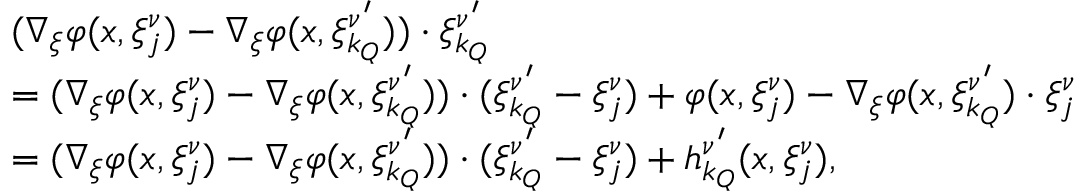
\begin{array} { r l } & { ( \nabla _ { \xi } \varphi ( x , \xi _ { j } ^ { \nu } ) - \nabla _ { \xi } \varphi ( x , \xi _ { k _ { Q } } ^ { \nu ^ { \prime } } ) ) \cdot \xi _ { k _ { Q } } ^ { \nu ^ { \prime } } } \\ & { = ( \nabla _ { \xi } \varphi ( x , \xi _ { j } ^ { \nu } ) - \nabla _ { \xi } \varphi ( x , \xi _ { k _ { Q } } ^ { \nu ^ { \prime } } ) ) \cdot ( \xi _ { k _ { Q } } ^ { \nu ^ { \prime } } - \xi _ { j } ^ { \nu } ) + \varphi ( x , \xi _ { j } ^ { \nu } ) - \nabla _ { \xi } \varphi ( x , \xi _ { k _ { Q } } ^ { \nu ^ { \prime } } ) \cdot \xi _ { j } ^ { \nu } } \\ & { = ( \nabla _ { \xi } \varphi ( x , \xi _ { j } ^ { \nu } ) - \nabla _ { \xi } \varphi ( x , \xi _ { k _ { Q } } ^ { \nu ^ { \prime } } ) ) \cdot ( \xi _ { k _ { Q } } ^ { \nu ^ { \prime } } - \xi _ { j } ^ { \nu } ) + h _ { k _ { Q } } ^ { \nu ^ { \prime } } ( x , \xi _ { j } ^ { \nu } ) , } \end{array}